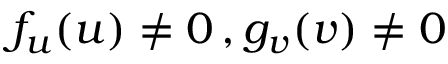
f _ { u } ( u ) \neq 0 \, , g _ { v } ( v ) \neq 0